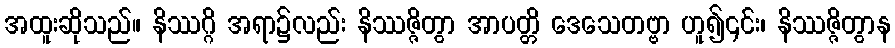
အထူးဆိုသည်။ နိဿဂ္ဂိ အရာ၌လည်း နိဿဇ္ဇိတွာ အာပတ္တိ ဒေသေတဗ္ဗာ ဟူ၍၎င်း၊ နိဿဇ္ဇိတွာန